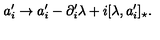
a _ { i } ^ { \prime } \rightarrow a _ { i } ^ { \prime } - \partial _ { i } ^ { \prime } \lambda + i [ \lambda , a _ { i } ^ { \prime } ] _ { \star } .